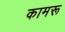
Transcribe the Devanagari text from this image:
कामरू